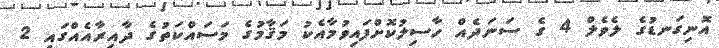
އޮނިގަނޑުގެ ލެވެލް 4 ގެ ސަނަދެއް ހާސިލުކޮށްފައިވުމާއެކު މަޤާމުގެ މަސައްކަތުގެ ދާއިރާއެއްގައި 2